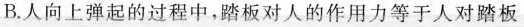
B.人向上弹起的过程中，踏板对人的作用力等于人对踏板